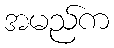
အမည်က